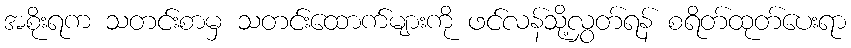
အစိုးရက သတင်းစာမှ သတင်းထောက်များကို ဖင်လန်သို့လွှတ်ရန် စရိတ်ထုတ်ပေးရာ